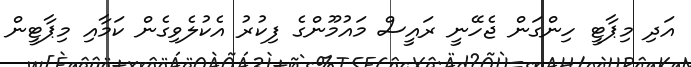
އަދި މިޕާޓީ ހިންގަން ޖެހޭނީ ރައީސް މައުމޫންގެ ފިކުރު އެކުލެވިގެން ކަމާއި މިޕާޓީން